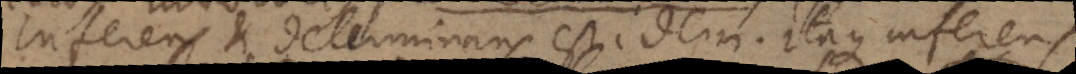
Inferens et determinans est idem. Itaque inferens